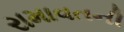
રામાવતની